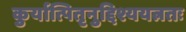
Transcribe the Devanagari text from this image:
कुर्यात्पितृनुद्दिश्ययत्नतः